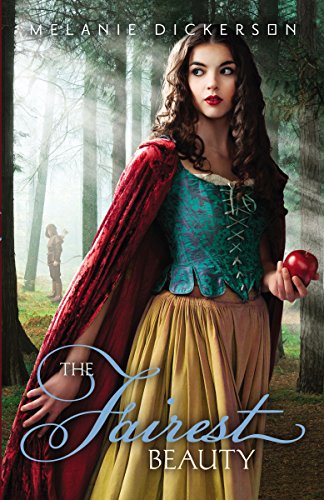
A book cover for The Fairest Beauty (Fairy Tale Romance Series); Melanie Dickerson; Teen & Young Adult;